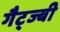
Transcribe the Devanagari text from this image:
गैट्ज्बी